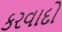
કરવાદો